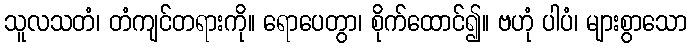
သူလသတံ၊ တံကျင်တရားကို။ ရောပေတွာ၊ စိုက်ထောင်၍။ ဗဟုံ ပါပံ၊ များစွာသော